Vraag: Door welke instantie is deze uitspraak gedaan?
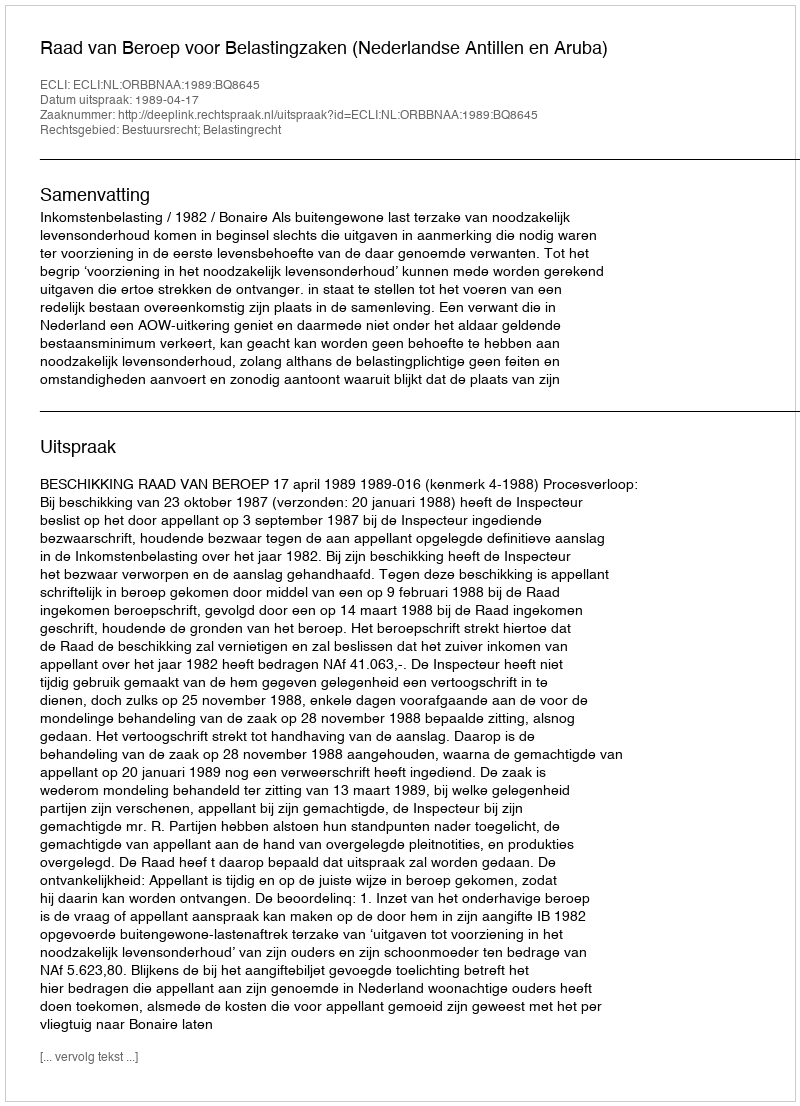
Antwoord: Raad van Beroep voor Belastingzaken (Nederlandse Antillen en Aruba)